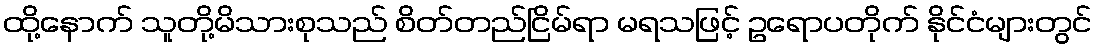
ထို့နောက် သူတို့မိသားစုသည် စိတ်တည်ငြိမ်ရာ မရသဖြင့် ဥရောပတိုက် နိုင်ငံများတွင်